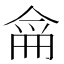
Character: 𠋁